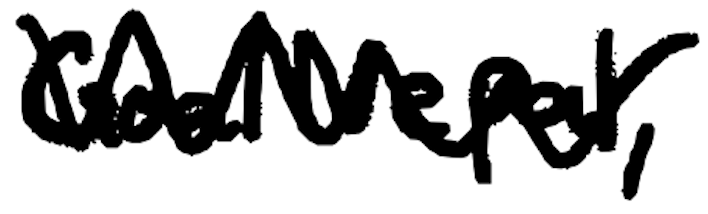
Text: GoalNepal,
Cross-out: zig-zag
Writing tool: digital_black